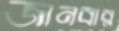
জানবার